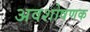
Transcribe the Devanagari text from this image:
अवशोषणक